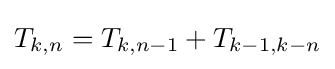
T_{k,n}=T_{k,n-1}+T_{k-1,k-n}